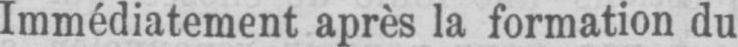
Immédiatement après la formation du